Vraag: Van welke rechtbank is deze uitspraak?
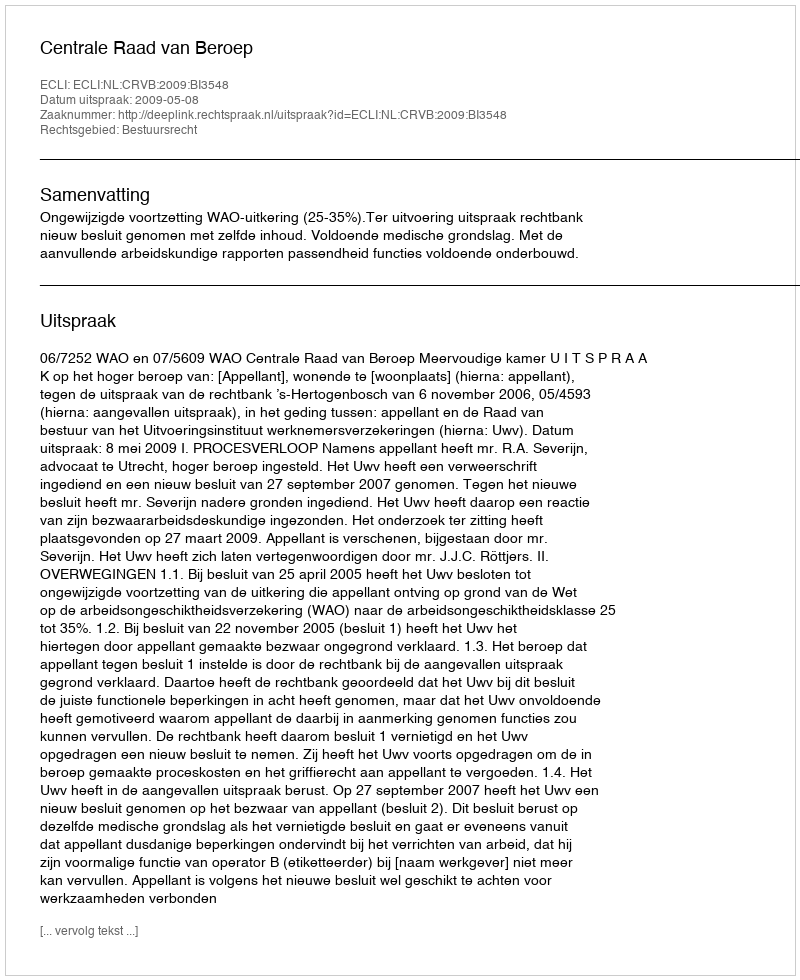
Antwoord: Centrale Raad van Beroep